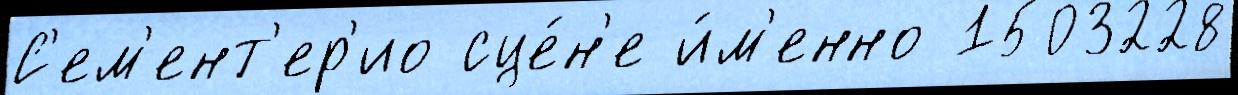
С'ем'ент'ер'ио сце́н'е и́м'енно 1503228